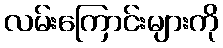
လမ်းကြောင်းများကို